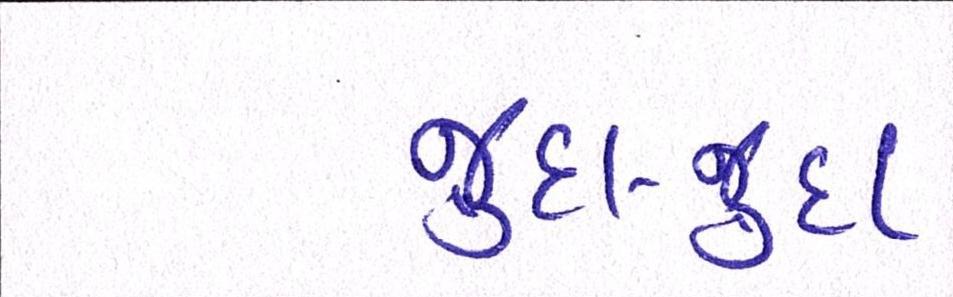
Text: જુદા-જુદા